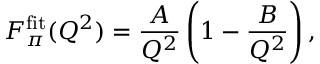
F _ { \pi } ^ { \mathrm { f i t } } ( Q ^ { 2 } ) = \frac { A } { Q ^ { 2 } } \left( 1 - \frac { B } { Q ^ { 2 } } \right) ,